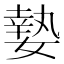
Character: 𡠗